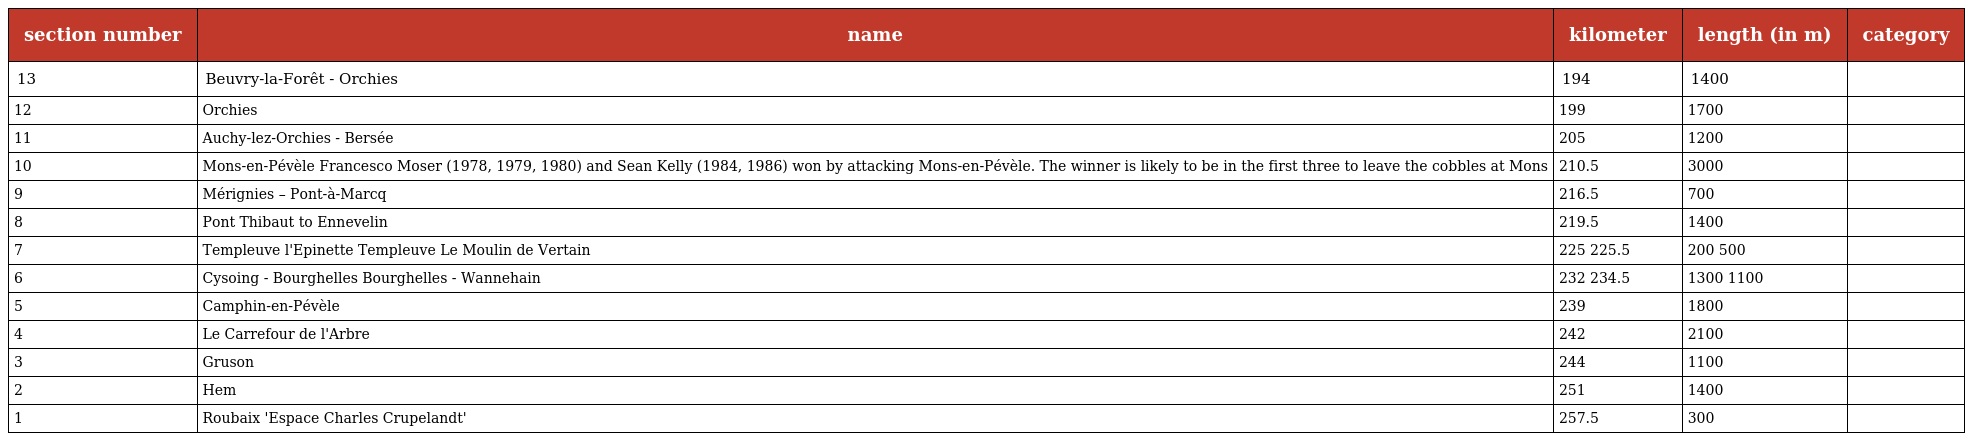
| section number | name | kilometer | length (in m) | category |
 | --- | --- | --- | --- | --- |
 | 13 | Beuvry-la-Forêt - Orchies | 194 | 1400 |  |
 | 12 | Orchies | 199 | 1700 |  |
 | 11 | Auchy-lez-Orchies - Bersée | 205 | 1200 |  |
 | 10 | Mons-en-Pévèle Francesco Moser (1978, 1979, 1980) and Sean Kelly (1984, 1986) won by attacking Mons-en-Pévèle. The winner is likely to be in the first three to leave the cobbles at Mons | 210.5 | 3000 |  |
 | 9 | Mérignies – Pont-à-Marcq | 216.5 | 700 |  |
 | 8 | Pont Thibaut to Ennevelin | 219.5 | 1400 |  |
 | 7 | Templeuve l'Epinette Templeuve Le Moulin de Vertain | 225 225.5 | 200 500 |  |
 | 6 | Cysoing - Bourghelles Bourghelles - Wannehain | 232 234.5 | 1300 1100 |  |
 | 5 | Camphin-en-Pévèle | 239 | 1800 |  |
 | 4 | Le Carrefour de l'Arbre | 242 | 2100 |  |
 | 3 | Gruson | 244 | 1100 |  |
 | 2 | Hem | 251 | 1400 |  |
 | 1 | Roubaix 'Espace Charles Crupelandt' | 257.5 | 300 |  |